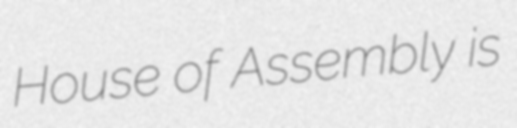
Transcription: House of Assembly is